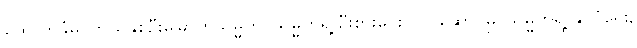
ထောက်ခံမှု၊ ဘယ်နှစ်ဦးမြောက်သမ္မတ၊ သမ္မတရဲ့ ဦးစားပေး လုပ်ဆောင်မှု၊ သမ္မတရဲ့ နိုင်ငံရေး,